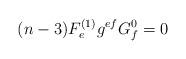
LaTeX: \begin{align*}(n-3)F_{ e}^{(1)}g^{ef}G_f^0=0\end{align*}